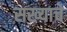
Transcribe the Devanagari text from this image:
सख्याचे